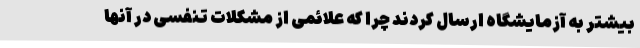
بیشتر به آزمایشگاه ارسال کردند چرا که علائمی از مشکلات تنفسی در آنها